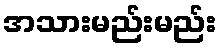
အသားမည်းမည်း